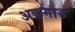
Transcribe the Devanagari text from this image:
अकमारु